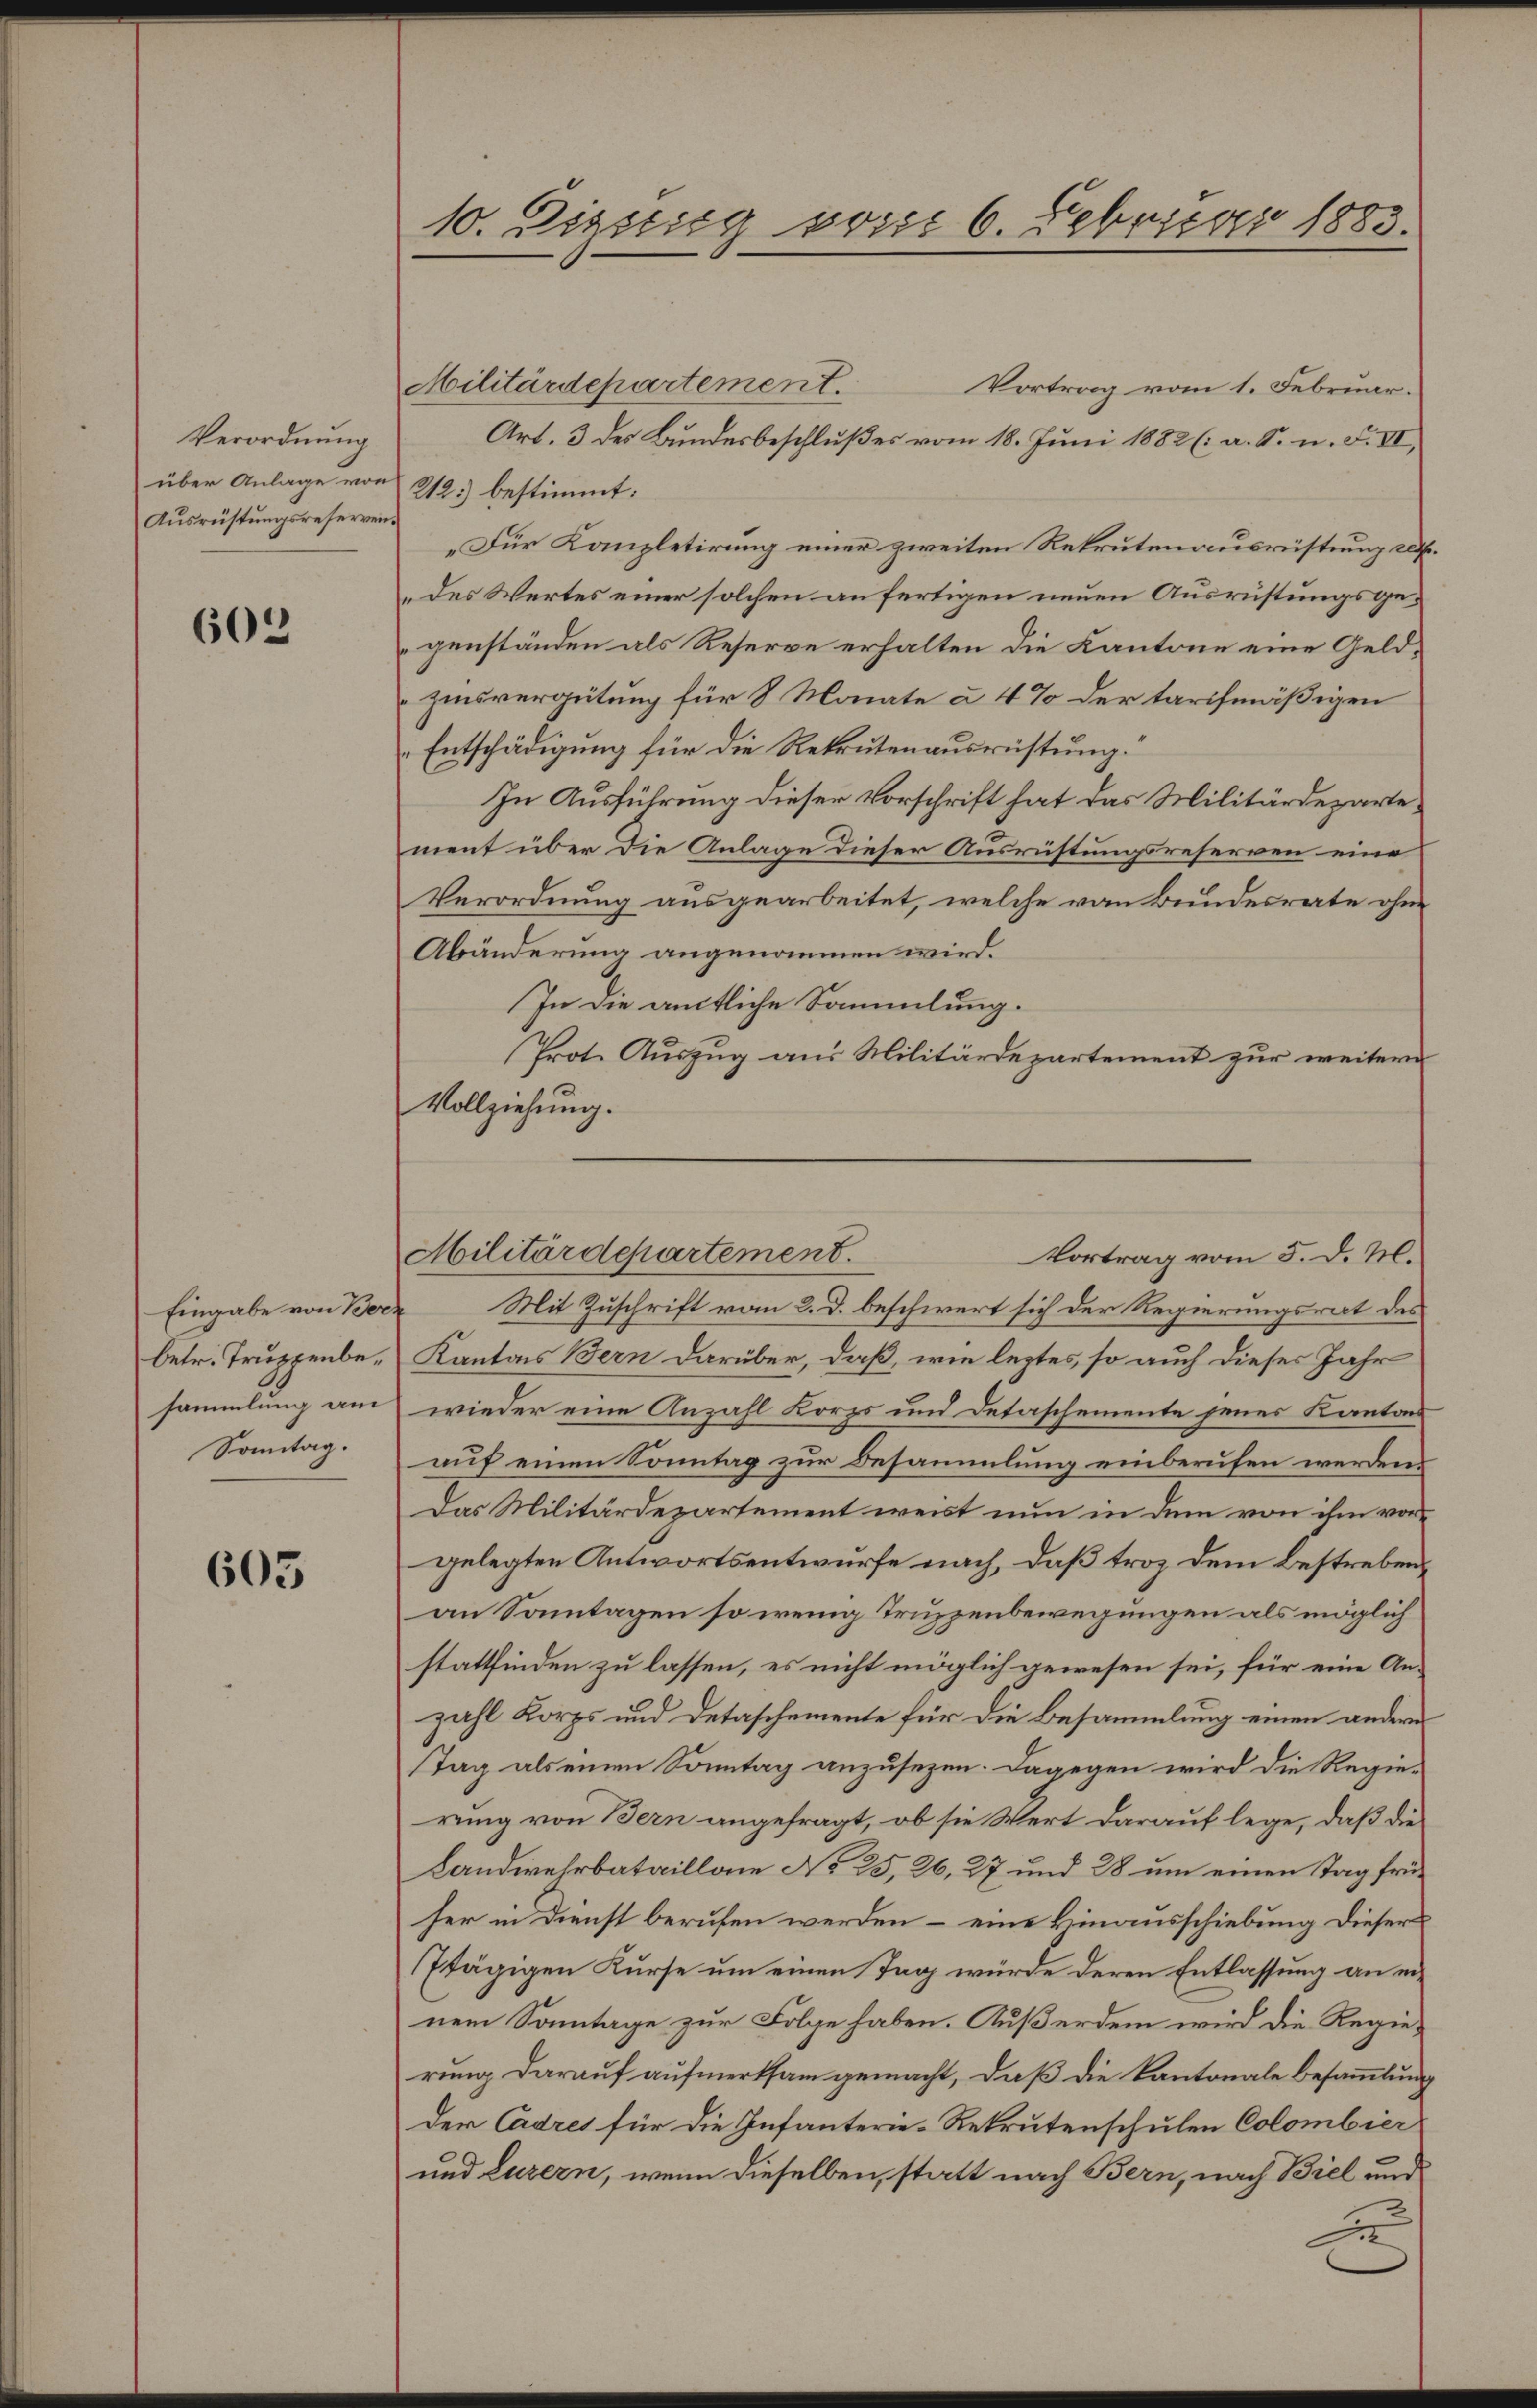
Verordnung
über Anlage von 212) bestimmt:
Ausrüstungsreserven¬

602

Eingabe von Bor
betr. Truppenbesammlung am
Sonntag.

605

10. Dizzieg vom 6. Februar 1883.

Militärdepartement.
Vortrag vom 1. Februar.
Art. 3 des Bundesbeschlußes vom 18. Juni 1882 (: a. S. n. F. VII,
„Für Kanzletirung einer zweiten Rekrutenausrüstung sel.
des Wertes einer solchen anfertigen neuen Ausrüstungsgegenständen als Reserve erhalten die Kantone eine Geldzinsvergütung für 8 Monate à 4% der tarifmäßigen
Entschädigung für die Rekrutenausrüstung.
In Ausführung dieser Vorschrift hat das Militärdeparte
ment über die Anlage dieser Ausrüstungsreserven eine
Verordnung ausgearbeitet, welche von Bundesrate ohne
Abänderung angenommen wird.
In die amtliche Sammlung.
Prot. Auszug aus Militärdepartement zur weitern
Vollziehung.

Militärdepartement.
Vortrag vom 5. d. M.

Mit Zuschrift vom 2. d. beschwert sich der Regierungsrat des
Kantons Bern darüber, daß, wie leztes, so auch dieses Jahr
wieder eine Anzahl Korps und Detaschemente jenes Kantons
auf einen Sonntag zur Besammlung einberufen werden.
Das Militärdepartement weist nun in dem von ihm vorgelegten Antwortsentwurfe nach, daß troz dem bestrebenan Sonntagen so wenig Truppenbewegungen als möglich
stattfinden zu lassen, es nicht möglich gewesen sei, für eine Anzahl Korps und Detaschemente für die Besammlung einen andern
stag als einen Sonntag anzusezen. Dagegen wird die Regie-
rung von Bern angefragt, ob sie Wert darauf lege, daß die
Landwehrbataillone No 25, 26, 27 und 28 um einen Tag früher in Dienst berufen werden – eine Hinausschiebung dieser
Etägigen Kurse um einen Tag würde deren Entlassung an einem Sonntage zur Folge haben. Außerdem wird die Regierung darauf aufmerksam gemacht, daß die Kantonale Besammlung
Der Cadres für die Infanterie-Rekrutenschulen Colombier
und Luzern, wenn dieselben, statt nach Bern, nach Biel und
A